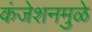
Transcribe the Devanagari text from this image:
कंजेशनमुळे